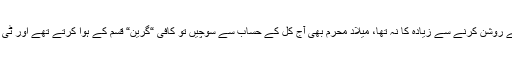
خیر اُس وقت بجلی کا استعمال برقی قمقمے روشن کرنے سے زیادہ کا نہ تھا، میلاد محرم بھی آج کل کے حساب سے سوچیں تو کافی “گرین“ قسم کے ہوا کرتے تھے اور ٹی وی نگوڑ مارا تو بڑا مقامی مقامی سا تھا۔